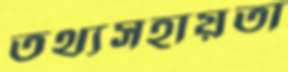
তথ্যসহায়তা